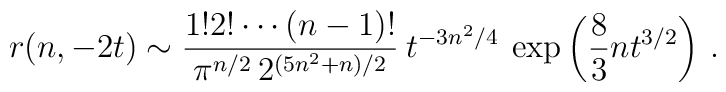
r(n,-2t)\sim {1! 2! \cdots (n-1)!\over \pi^{n/2}\,  2^{(5n^2+n)/2}}\>t^{-3n^2/4}\>\exp\left( {8\over 3} n t^{3/2} \right ) \, .